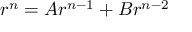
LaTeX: r ^ { n } = A r ^ { n - 1 } + B r ^ { n - 2 }